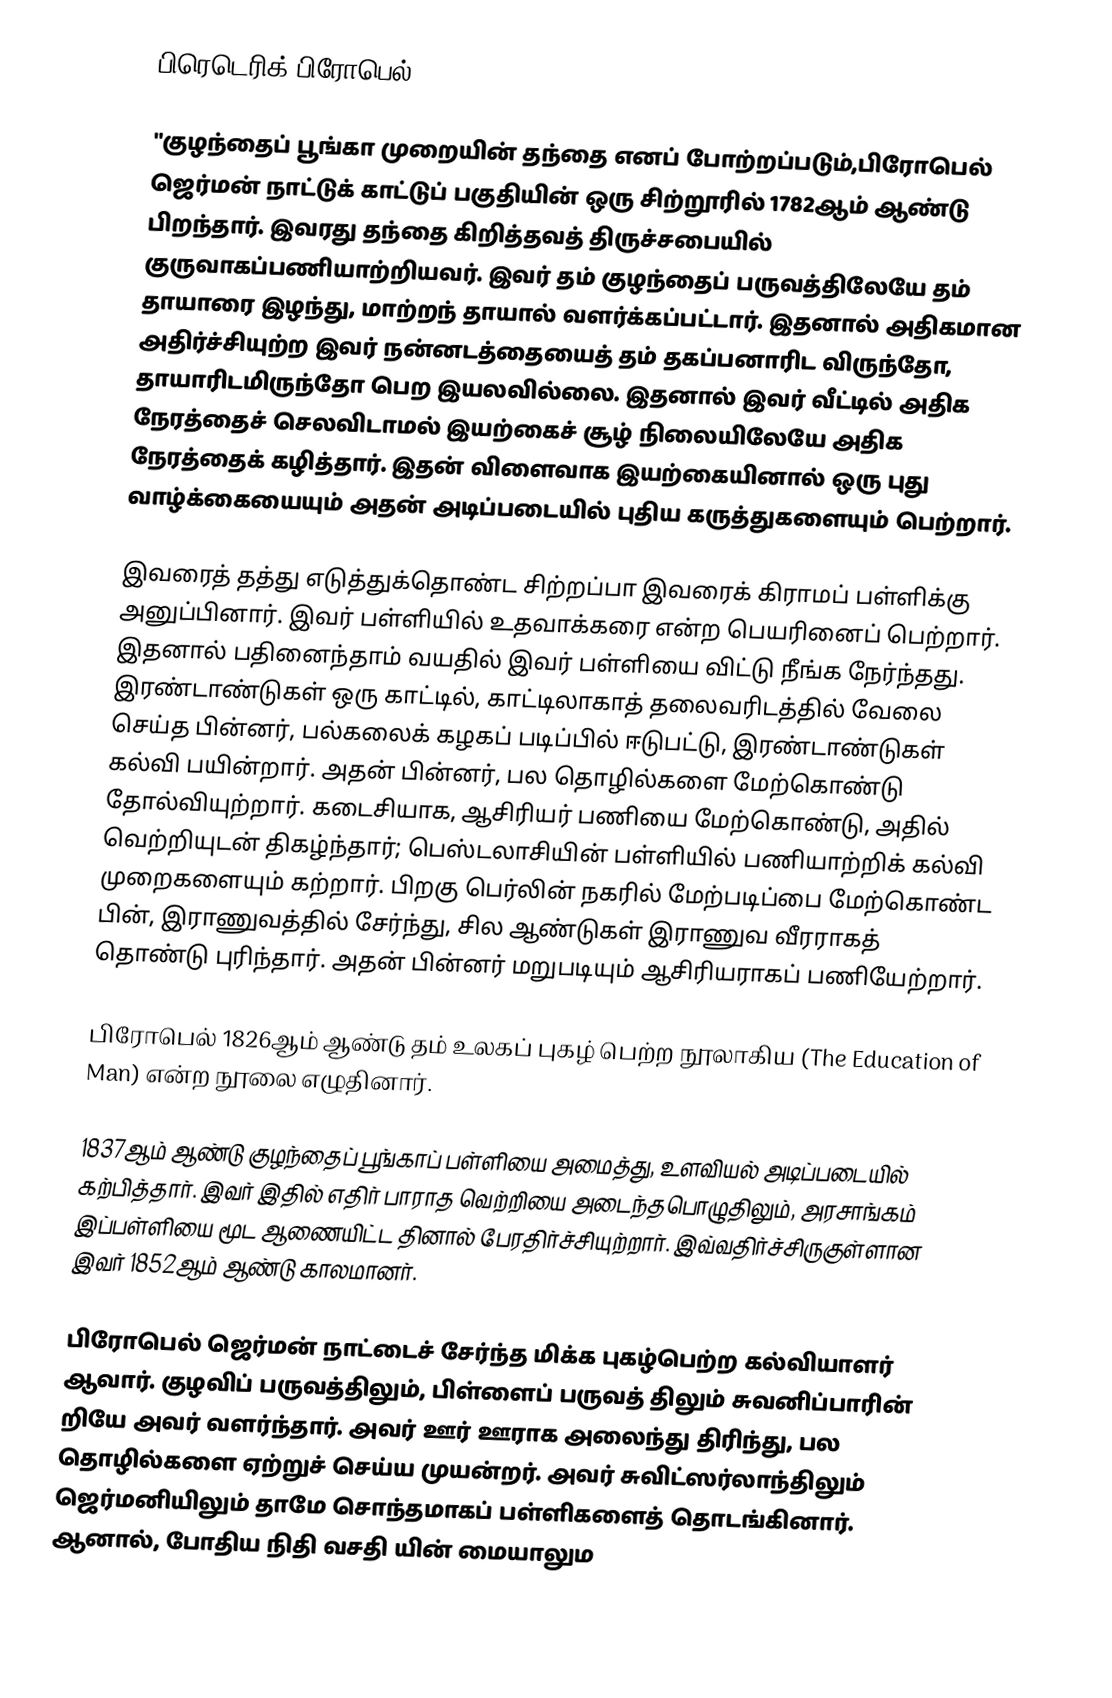
பிரெடெரிக் பிரோபெல் (Frederick Froebel 1782-1852)

"குழந்தைப் பூங்கா முறையின் தந்தை எனப் போற்றப்படும்,பிரோபெல் ஜெர்மன் நாட்டுக் காட்டுப் பகுதியின் ஒரு சிற்றூரில் 1782ஆம் ஆண்டு பிறந்தார். இவரது தந்தை கிறித்தவத் திருச்சபையில் குருவாகப்பணியாற்றியவர். இவர் தம் குழந்தைப் பருவத்திலேயே தம் தாயாரை இழந்து, மாற்றந் தாயால் வளர்க்கப்பட்டார். இதனால் அதிகமான அதிர்ச்சியுற்ற இவர் நன்னடத்தையைத் தம் தகப்பனாரிட விருந்தோ, தாயாரிடமிருந்தோ பெற இயலவில்லை. இதனால் இவர் வீட்டில் அதிக நேரத்தைச் செலவிடாமல் இயற்கைச் சூழ் நிலையிலேயே அதிக நேரத்தைக் கழித்தார். இதன் விளைவாக இயற்கையினால் ஒரு புது வாழ்க்கையையும் அதன் அடிப்படையில் புதிய கருத்துகளையும் பெற்றார்.

இவரைத் தத்து எடுத்துக்தொண்ட சிற்றப்பா இவரைக் கிராமப் பள்ளிக்கு அனுப்பினார். இவர் பள்ளியில் உதவாக்கரை என்ற பெயரினைப் பெற்றார். இதனால் பதினைந்தாம் வயதில் இவர் பள்ளியை விட்டு நீங்க நேர்ந்தது. இரண்டாண்டுகள் ஒரு காட்டில், காட்டிலாகாத் தலைவரிடத்தில் வேலை செய்த பின்னர், பல்கலைக் கழகப் படிப்பில் ஈடுபட்டு, இரண்டாண்டுகள் கல்வி பயின்றார். அதன் பின்னர், பல தொழில்களை மேற்கொண்டு தோல்வியுற்றார். கடைசியாக, ஆசிரியர் பணியை மேற்கொண்டு, அதில் வெற்றியுடன் திகழ்ந்தார்; பெஸ்டலாசியின் பள்ளியில் பணியாற்றிக் கல்வி முறைகளையும் கற்றார். பிறகு பெர்லின் நகரில் மேற்படிப்பை மேற்கொண்ட பின், இராணுவத்தில் சேர்ந்து, சில ஆண்டுகள் இராணுவ வீரராகத் தொண்டு புரிந்தார். அதன் பின்னர் மறுபடியும் ஆசிரியராகப் பணியேற்றார்.

பிரோபெல் 1826ஆம் ஆண்டு தம் உலகப் புகழ் பெற்ற நூலாகிய (The Education of Man) என்ற நூலை எழுதினார்.

1837ஆம் ஆண்டு குழந்தைப் பூங்காப் பள்ளியை அமைத்து, உளவியல் அடிப்படையில் கற்பித்தார். இவர் இதில் எதிர் பாராத வெற்றியை அடைந்தபொழுதிலும், அரசாங்கம் இப்பள்ளியை மூட ஆணையிட்ட தினால் பேரதிர்ச்சியுற்றார். இவ்வதிர்ச்சிருகுள்ளான இவர் 1852ஆம் ஆண்டு காலமானர்.

பிரோபெல் ஜெர்மன் நாட்டைச் சேர்ந்த மிக்க புகழ்பெற்ற கல்வியாளர் ஆவார். குழவிப் பருவத்திலும், பிள்ளைப் பருவத் திலும் சுவனிப்பாரின் றியே அவர் வளர்ந்தார். அவர் ஊர் ஊராக அலைந்து திரிந்து, பல தொழில்களை ஏற்றுச் செய்ய முயன்றர். அவர் சுவிட்ஸர்லாந்திலும் ஜெர்மனியிலும் தாமே சொந்தமாகப் பள்ளிகளைத் தொடங்கினார். ஆனால், போதிய நிதி வசதி யின் மையாலும